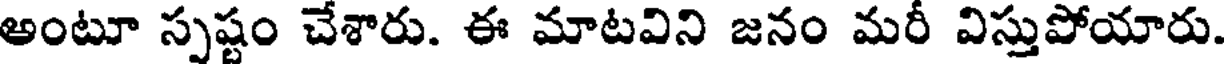
అంటూ స్పష్టం చేశారు. ఈ మాటవిని జనం మరీ విస్తుపోయారు.